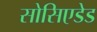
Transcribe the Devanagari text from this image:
सोसिएडेड